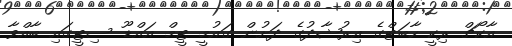
އާކޯޗް ރިކީ ހާބަޓްގެ އިރުޝާދުގެ ދަށުން ގައުމީ ޓީމް އައްޑޫ ސިޓީގައި ބާއްވާ